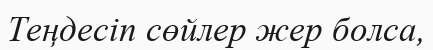
Теңдесіп сөйлер жер болса,